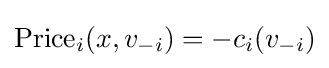
{\text{Price}}_{i}(x,v_{-i})=-c_{i}(v_{-i})